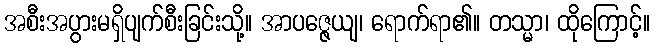
အစီးအပွားမရှိပျက်စီးခြင်းသို့။ အာပဇ္ဇေယျ၊ ရောက်ရာ၏။ တသ္မာ၊ ထိုကြောင့်။